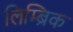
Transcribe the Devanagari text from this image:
लिम्ब्रिक